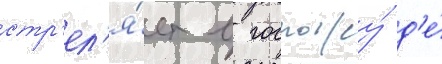
стр'ел'я́ет в госпожу́ д'е́